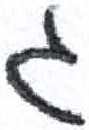
אות: ג